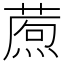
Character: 𤎗